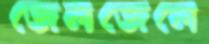
জেলজেলে